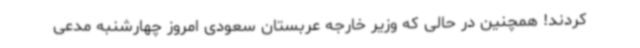
کردند! همچنین در حالی که وزیر خارجه عربستان سعودی امروز چهارشنبه مدعی